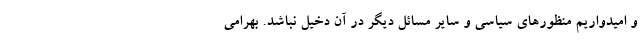
و امیدواریم منظورهای سیاسی و سایر مسائل دیگر در آن دخیل نباشد. بهرامی